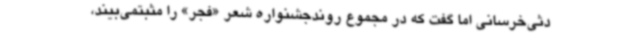
دثی‌خرسانی اما گفت که در مجموع روندجشنواره شعر «فجر» را مثبتمی‌بیند،